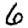
Digit: 6